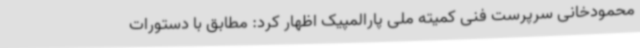
محمودخانی سرپرست فنی کمیته ملی پارالمپیک اظهار کرد: مطابق با دستورات